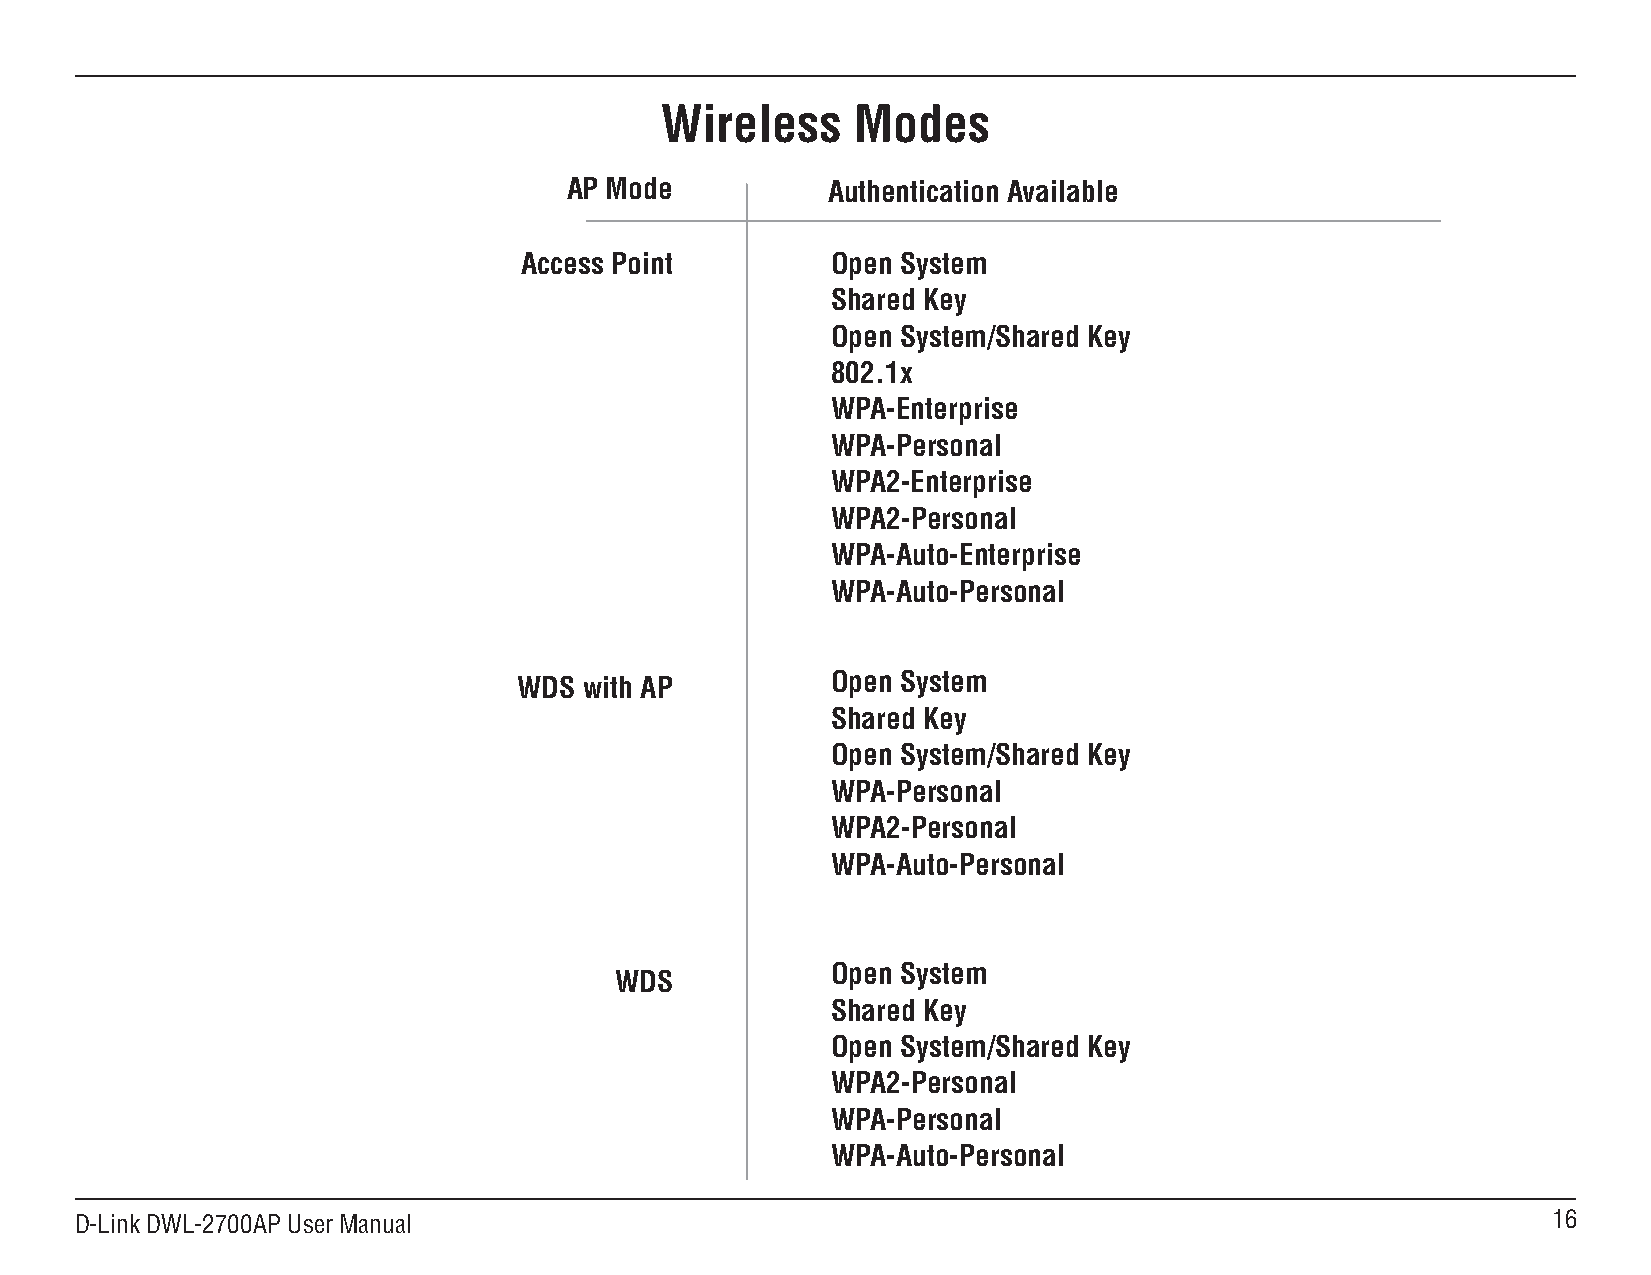
Wireless     Modes
 AP Mode           Authentication Available
 Access Point         Open System
 Shared Key
 Open System/Shared Key
 802.1x
 WPA-Enterprise
 WPA-Personal
 WPA2-Enterprise
 WPA2-Personal
 WPA-Auto-Enterprise
 WPA-Auto-Personal
 WDS  with AP         Open System
 Shared Key
 Open System/Shared Key
 WPA-Personal
 WPA2-Personal
 WPA-Auto-Personal
 Open System
 WDS
 Shared Key
 Open System/Shared Key
 WPA2-Personal
 WPA-Personal
 WPA-Auto-Personal
 D-Link DWL-2700AP User Manual                                                                     1